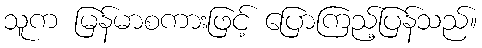
သူက မြန်မာစကားဖြင့် ပြောကြည့်ပြန်သည်။